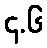
၄.၆